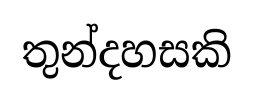
තුන්දහසකි